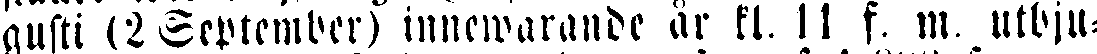
gusti (2 September) innewarande är kl. 11 f. m. utbju-